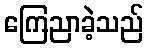
ကြေညာခဲ့သည်